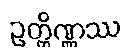
ဥတ္တိဏ္ဏဿ